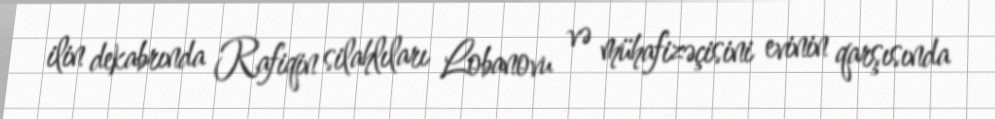
ilin dekabrında Rafiqin silahlıları Lobanovu və mühafizəçisini evinin qarşısında